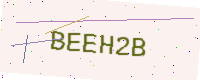
Text: BEEH2B